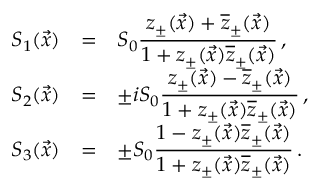
\begin{array} { r c l } { { S _ { 1 } ( \vec { x } ) } } & { { = } } & { { S _ { 0 } \displaystyle \frac { z _ { \pm } ( \vec { x } ) + \overline { { { z } } } _ { \pm } ( \vec { x } ) } { 1 + z _ { \pm } ( \vec { x } ) \overline { { { z } } } _ { \pm } ( \vec { x } ) } \, , } } \\ { { S _ { 2 } ( \vec { x } ) } } & { { = } } & { { \pm i S _ { 0 } \displaystyle \frac { z _ { \pm } ( \vec { x } ) - \overline { { { z } } } _ { \pm } ( \vec { x } ) } { 1 + z _ { \pm } ( \vec { x } ) \overline { { { z } } } _ { \pm } ( \vec { x } ) } \, , } } \\ { { S _ { 3 } ( \vec { x } ) } } & { { = } } & { { \pm S _ { 0 } \displaystyle \frac { 1 - z _ { \pm } ( \vec { x } ) \overline { { { z } } } _ { \pm } ( \vec { x } ) } { 1 + z _ { \pm } ( \vec { x } ) \overline { { { z } } } _ { \pm } ( \vec { x } ) } \, . } } \end{array}